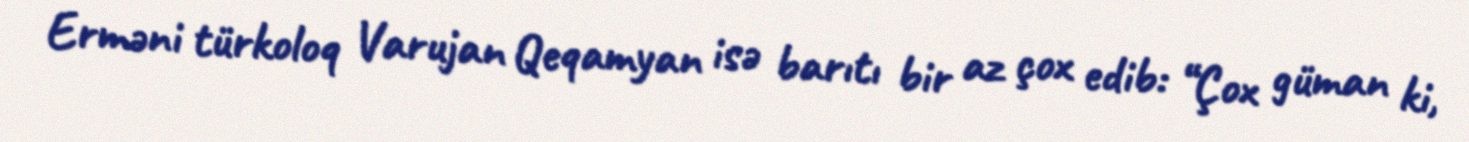
Erməni türkoloq Varujan Qeqamyan isə barıtı bir az çox edib: “Çox güman ki,